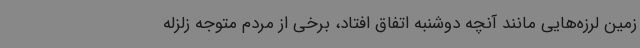
زمین لرزه‌هایی مانند آنچه دوشنبه اتفاق افتاد، برخی از مردم متوجه زلزله